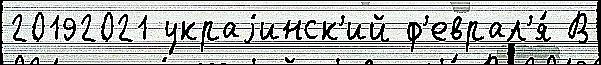
20192021 украjинск'ий ф'еврал'я́ В